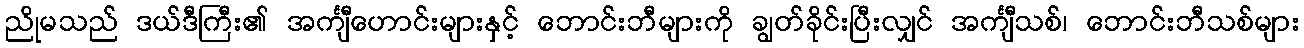
ညိုမသည် ဒယ်ဒီကြီး၏ အင်္ကျီဟောင်းများနှင့် ဘောင်းဘီများကို ချွတ်ခိုင်းပြီးလျှင် အင်္ကျီသစ်၊ ဘောင်းဘီသစ်များ